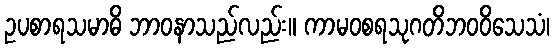
ဥပစာရသမာဓိ ဘာဝနာသည်လည်း။ ကာမဝစရသုဂတိဘဝဝိသေသံ၊